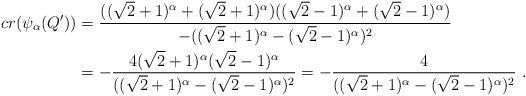
LaTeX: \begin{align*}cr(\psi_\alpha(Q'))&=\frac{((\sqrt 2+1)^\alpha+(\sqrt 2+1)^\alpha)((\sqrt 2-1)^\alpha+(\sqrt 2-1)^\alpha)}{-((\sqrt 2+1)^\alpha-(\sqrt 2-1)^\alpha)^2} \\&=-\frac{4(\sqrt 2+1)^\alpha(\sqrt 2-1)^\alpha}{((\sqrt 2+1)^\alpha-(\sqrt 2-1)^\alpha)^2}=-\frac{4}{((\sqrt 2+1)^\alpha-(\sqrt 2-1)^\alpha)^2}~.\end{align*}